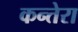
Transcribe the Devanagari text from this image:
कन्तेरा